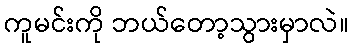
ကူမင်းကို ဘယ်တော့သွားမှာလဲ။